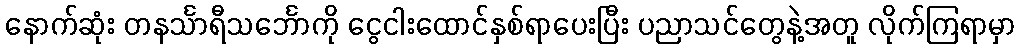
နောက်ဆုံး တနင်္သာရီသင်္ဘောကို ငွေငါးထောင်နှစ်ရာပေးပြီး ပညာသင်တွေနဲ့အတူ လိုက်ကြရာမှာ